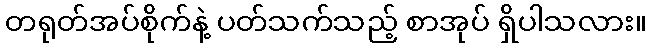
တရုတ်အပ်စိုက်နဲ့ ပတ်သက်သည့် စာအုပ် ရှိပါသလား။